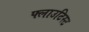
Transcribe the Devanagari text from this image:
फ्लाउटिस्ट